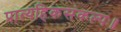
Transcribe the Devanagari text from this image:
प्रात्यहिकसंकल्पः॥